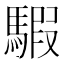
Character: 騢